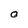
Character: O